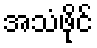
အသံဖိုင်